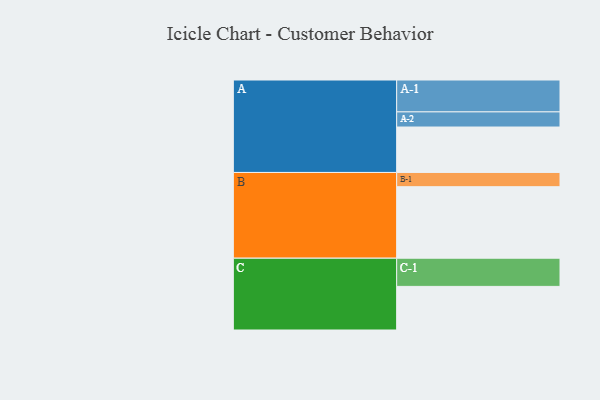
{"axis": {"x": "Segment", "y": "Value"}, "legend": ["", "A", "B", "C"], "data": [{"x": "A", "y": 345, "type": ""}, {"x": "B", "y": 543, "type": ""}, {"x": "C", "y": 331, "type": ""}, {"x": "A-1", "y": 242, "type": "A"}, {"x": "A-2", "y": 115, "type": "A"}, {"x": "B-1", "y": 108, "type": "B"}, {"x": "C-1", "y": 214, "type": "C"}]}